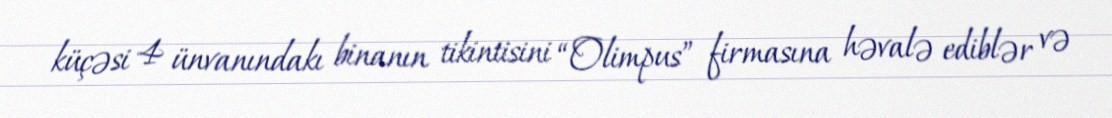
küçəsi 4 ünvanındakı binanın tikintisini “Olimpus” firmasına həvalə ediblər və